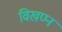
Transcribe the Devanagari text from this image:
विखण्न